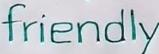
friendly